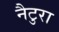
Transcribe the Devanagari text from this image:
नैटुरा